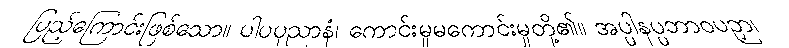
ပြည့်ကြောင်းဖြစ်သော။ ပါပပုညာနံ၊ ကောင်းမှုမကောင်းမှုတို့၏။ အပ္ပါနပ္ပဘာဝပဉှာ၊